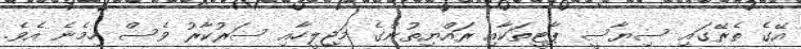
އޭގެ ތެރޭގައި ސިޔާސީ ޕާޓީތަކާއި ރައްޔިތުންގެ މަޖިލީހާއި ސަރުކާރު ވެސް ހިމެނެ އެވެ.